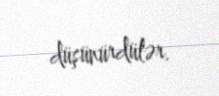
düşünürdülər.